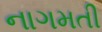
નાગમતી